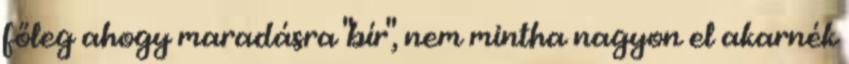
főleg ahogy maradásra "bír", nem mintha nagyon el akarnék